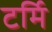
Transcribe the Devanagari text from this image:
टर्मि